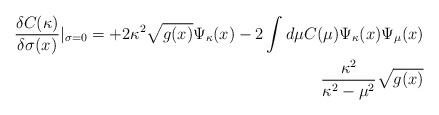
\begin{align*}\frac{\delta C(\kappa)}{\delta \sigma(x)} |_{\sigma=0} = +2 \kappa^2 \sqrt{g(x)} \Psi_{\kappa}(x) -2 \int d \mu C(\mu) \Psi_{\kappa} (x) \Psi_{\mu}(x) \\ \frac{\kappa^2}{\kappa^2 -\mu^2} \sqrt{g(x)}\end{align*}